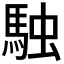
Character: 𮩿